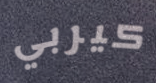
كيربي